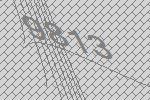
9813